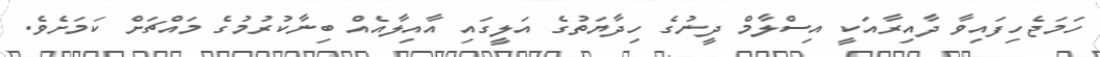
ހަމަޖެހިފައިވާ ދާއިރާއަކީ އިސްލާމް ދީނުގެ ހިދާޔަތުގެ އަލީގައި އާއިލާއެއް ބިނާކުރުމުގެ މައްޗަށް ކަމަށެވެ.